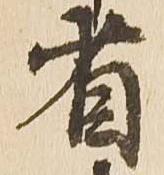
省